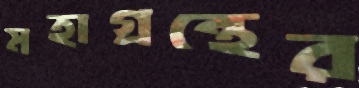
মহাগ্রন্থের